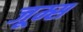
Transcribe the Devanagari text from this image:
जूम्स